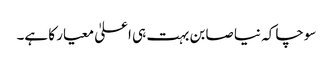
سوچا کہ نیا صابن بہت ہی اعلیٰ معیار کا ہے۔